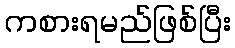
ကစားရမည်ဖြစ်ပြီး